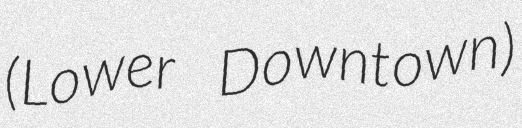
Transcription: (Lower Downtown)